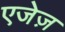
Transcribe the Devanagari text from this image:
एजेज़